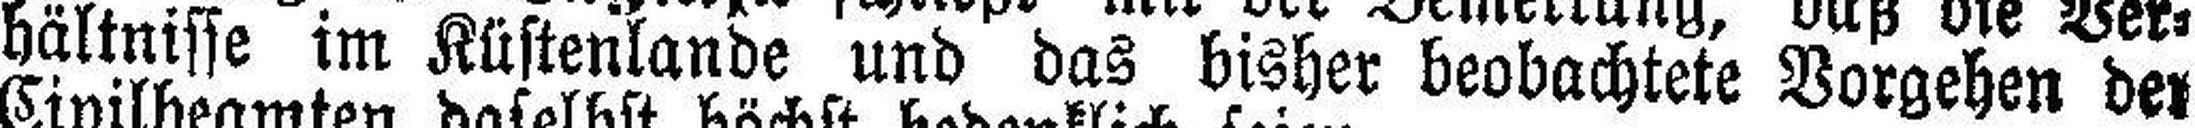
hältnisse im Küstenlands und das bisher beobachtete Vorgehen der